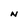
Character: N